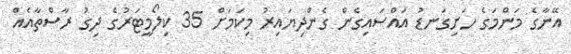
އޭނާގެ މަންމަގެ ހަށިގަނޑު އައްސައިގެން ގެންދިޔައިރު މިކަމަށް 35 ކިލޯމީޓަރުގެ ދިގު ރާސްތާއެއް